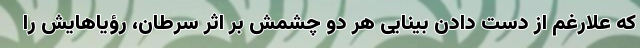
که علارغم از دست دادن بینایی هر دو چشمش بر اثر سرطان، رؤیاهایش را